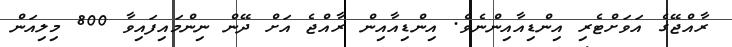
ރާއްޖޭގެ އަވަށްޓެރި އިންޑިއާއިންނެވެ. އިންޑިއާއިން ރާއްޖެ އަށް ދޭން ނިންމައިފައިވާ 800 މިލިއަން